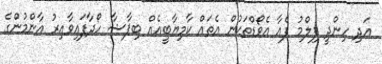
އަދި ހިންދީ ފިލްމު ފެއާ އެވޯޑްތަކުން އެތައް ކާމިޔާބީއެއް ބިޕާޝާ ހޯދާފައިވާއިރު އާންމުންގެ